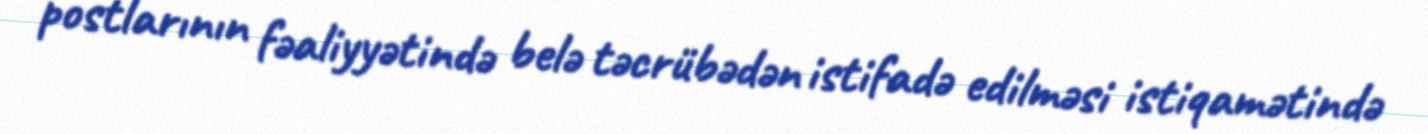
postlarının fəaliyyətində belə təcrübədən istifadə edilməsi istiqamətində